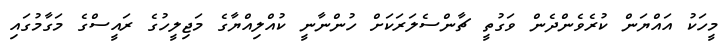
މީހަކު އައްޔަން ކުރެވެންދެން ވަގުތީ ޗާންސެލަރަކަށް ހުންނާނީ ކުއްލިއްޔާގެ މަޖިލީހުގެ ރައީސްގެ މަގާމުގައި